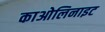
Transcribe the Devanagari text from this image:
काओलिनाइट